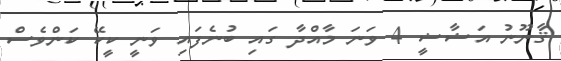
ޤާނޫނު އަޟާޟީ 4 ވަނަ މާއްދާ ގައި ބުނެފައި ވަނީ ކީކޭ ކަންވެސް